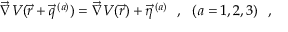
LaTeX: \vec { \nabla } V ( \vec { r } + \vec { q } ^ { \, ( a ) } ) = \vec { \nabla } V ( \vec { r } ) + \vec { \eta } ^ { \, ( a ) } ~ ~ , ~ ~ ( a = 1 , 2 , 3 ) ~ ~ ,